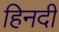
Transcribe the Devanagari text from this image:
हिनदी